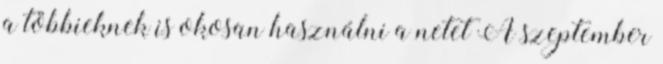
a többieknek is okosan használni a netet A szeptember